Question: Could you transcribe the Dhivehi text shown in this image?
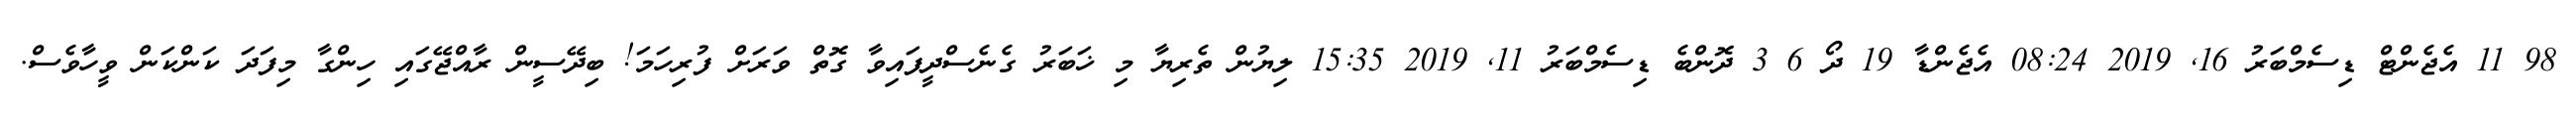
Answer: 98 11 އެޖެންޓް ޑިސެމްބަރު 16, 2019 08:24 އެޖެންޑާ 19 ދޯ 6 3 ދޮންބެ ޑިސެމްބަރު 11, 2019 15:35 ލިޔުން ތެރިޔާ މި ޚަބަރު ގެނެސްދީފައިވާ ގޮތް ވަރަށް ފުރިހަމަ! ބިދޭސީން ރާއްޖޭގައި ހިންގާ މިފަދަ ކަންކަން ވީހާވެސް.